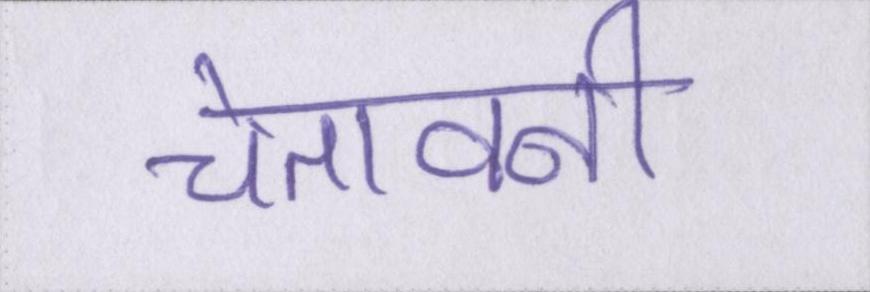
चेतावनी